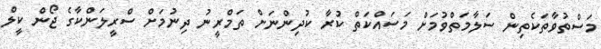
މަސްތުވާތަކެތިން ސަލާމަތްވުމަށް މަސައްކަތް ކުރާ ކުދިންނަށް ތަމްރީނު ދިނުމަށް ސްރީލަންކާގެ ޖޯން ކީލް